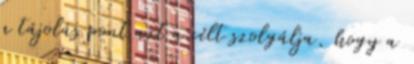
a tájolás pont azt a célt szolgálja, hogy a